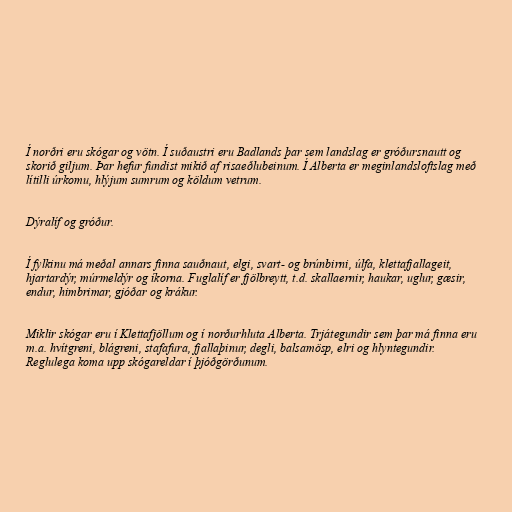
Í norðri eru skógar og vötn. Í suðaustri eru Badlands þar sem landslag er gróðursnautt og
skorið giljum. Þar hefur fundist mikið af risaeðlubeinum. Í Alberta er meginlandsloftslag með
lítilli úrkomu, hlýjum sumrum og köldum vetrum.

Dýralíf og gróður.

Í fylkinu má meðal annars finna sauðnaut, elgi, svart- og brúnbirni, úlfa, klettafjallageit,
hjartardýr, múrmeldýr og íkorna. Fuglalíf er fjölbreytt, t.d. skallaernir, haukar, uglur, gæsir,
endur, himbrimar, gjóðar og krákur.

Miklir skógar eru í Klettafjöllum og í norðurhluta Alberta. Trjátegundir sem þar má finna eru
m.a. hvítgreni, blágreni, stafafura, fjallaþinur, degli, balsamösp, elri og hlyntegundir.
Reglulega koma upp skógareldar í þjóðgörðunum.